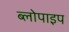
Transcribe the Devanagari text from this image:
ब्लोपाइप